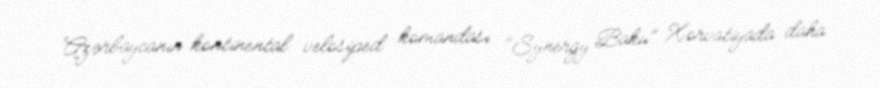
Azərbaycanın kontinental velosiped komandası "Synergy Baku" Xorvatiyada daha